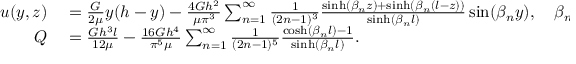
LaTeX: \begin{array} { r l } { u ( y , z ) } & { { } = { \frac { G } { 2 \mu } } y ( h - y ) - { \frac { 4 G h ^ { 2 } } { \mu \pi ^ { 3 } } } \sum _ { n = 1 } ^ { \infty } { \frac { 1 } { ( 2 n - 1 ) ^ { 3 } } } { \frac { \sinh ( \beta _ { n } z ) + \sinh ( \beta _ { n } ( l - z ) ) } { \sinh ( \beta _ { n } l ) } } \sin ( \beta _ { n } y ) , \quad \beta _ { n } = { \frac { ( 2 n - 1 ) \pi } { h } } , } \\ { Q } & { { } = { \frac { G h ^ { 3 } l } { 1 2 \mu } } - { \frac { 1 6 G h ^ { 4 } } { \pi ^ { 5 } \mu } } \sum _ { n = 1 } ^ { \infty } { \frac { 1 } { ( 2 n - 1 ) ^ { 5 } } } { \frac { \cosh ( \beta _ { n } l ) - 1 } { \sinh ( \beta _ { n } l ) } } . } \end{array}